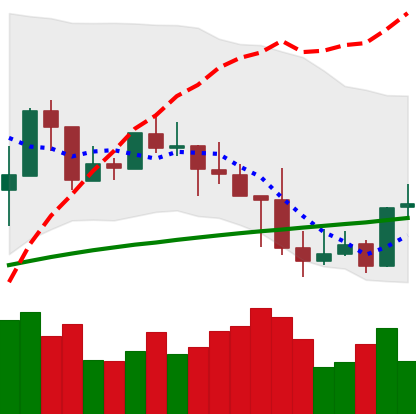
Ticker: LINK-USD
Chart end date: 2019-05-01
Forward return: 21.447%
Label: up_7plus